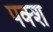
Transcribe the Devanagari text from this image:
पक्श